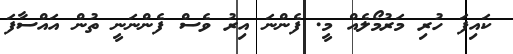
ކައިފަ ހުރި މަރުމޯލެއް މީ. ފެންނަ އިރު ވެސް ފެންނަނީ ތުން އައްސާފަ